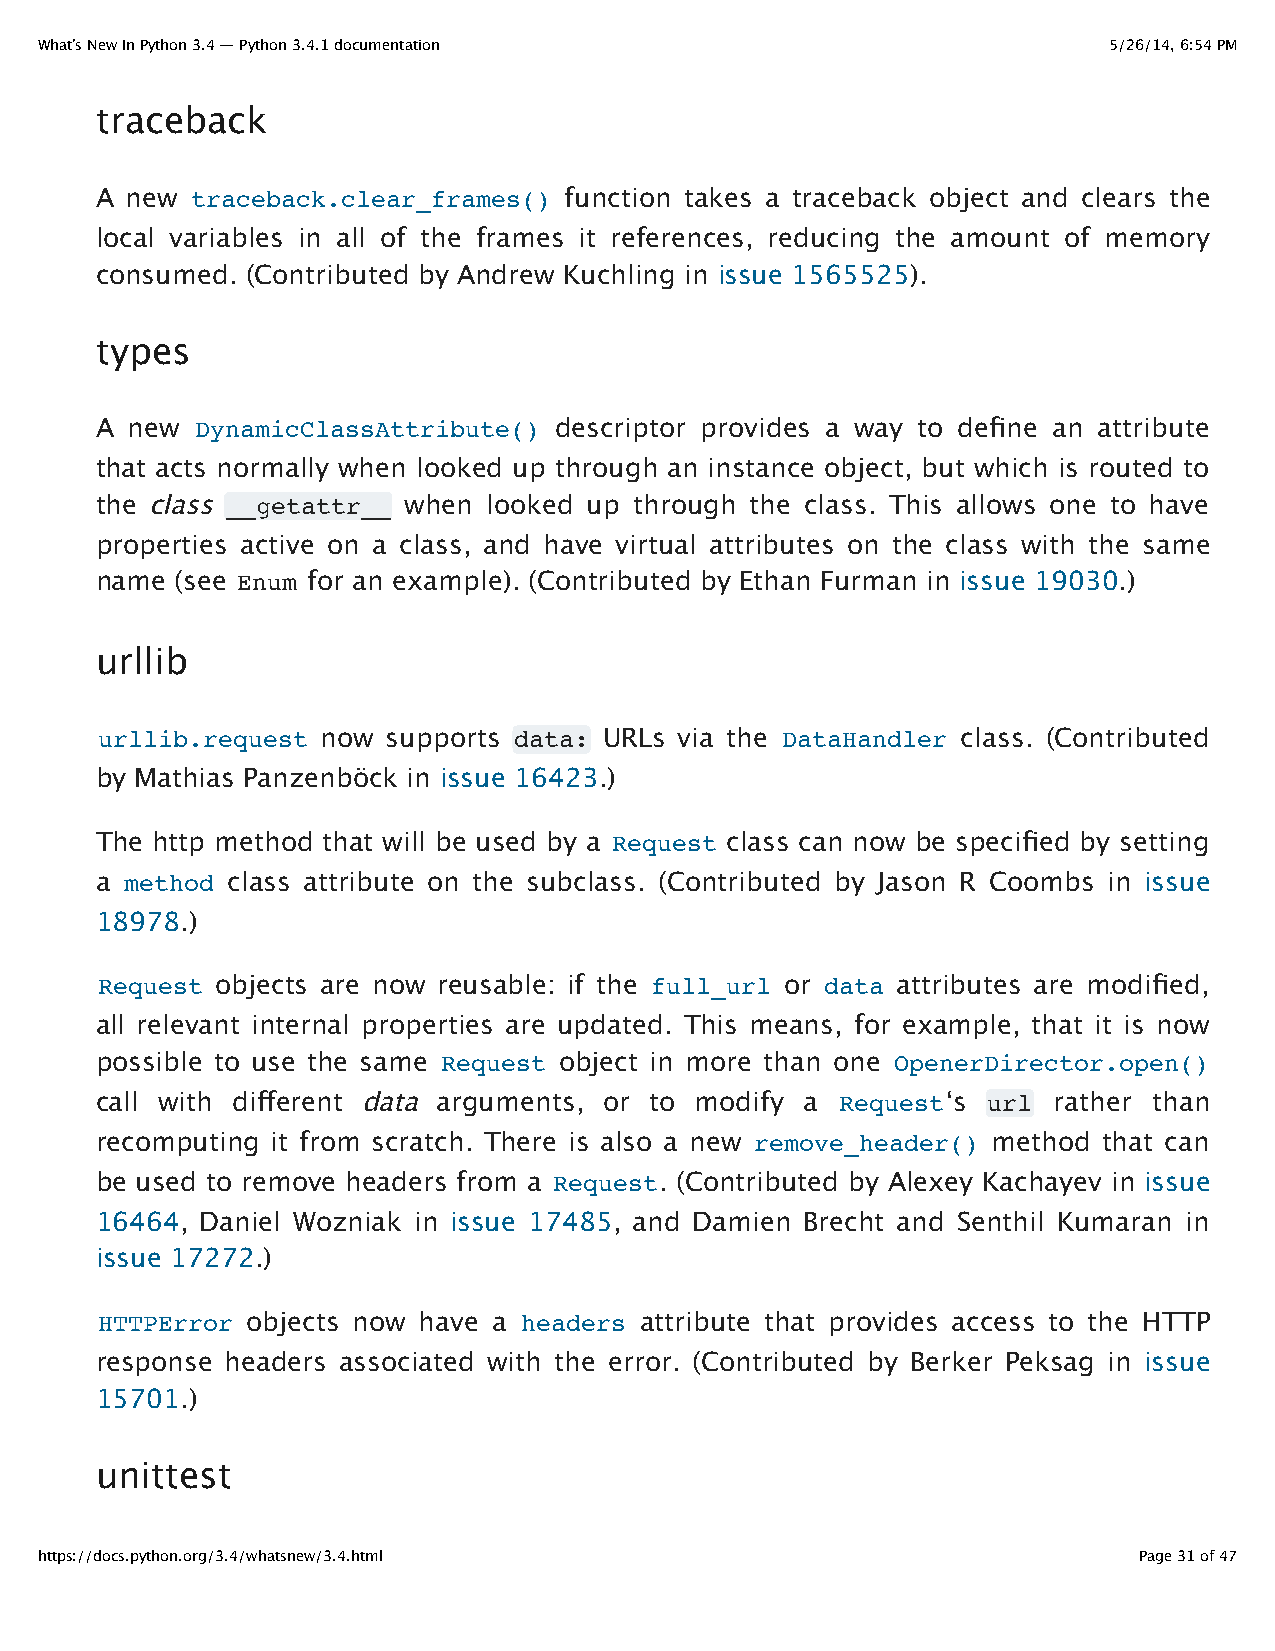
What’s New In Python 3.4 — Python 3.4.1 documentation                  5/26/14, 6:54 PM
 traceback
 A new  traceback.clear_frames() function takes a traceback object and clears the
 local variables in all of the frames it references, reducing the amount of memory
 consumed. (Contributed by Andrew Kuchling in issue 1565525).
 types
 A new  DynamicClassAttribute() descriptor provides a way to define an attribute
 that acts normally when looked up through an instance object, but which is routed to
 the class __getattr__ when looked up through the class. This allows one to have
 properties active on a class, and have virtual attributes on the class with the same
 name  (see Enum for an example). (Contributed by Ethan Furman in issue 19030.)
 urllib
 urllib.request now  supports data: URLs via the DataHandler class. (Contributed
 by Mathias Panzenböck in issue 16423.)
 The http method that will be used by a Request class can now be specified by setting
 a method class attribute on the subclass. (Contributed by Jason R Coombs in issue
 18978.)
 Request objects are now reusable: if the full_url or data attributes are modified,
 all relevant internal properties are updated. This means, for example, that it is now
 possible to use the same Request object in more than one OpenerDirector.open()
 call with different data arguments, or to modify a Request‘s url rather than
 recomputing it from scratch. There is also a new remove_header() method that can
 be used to remove headers from a Request. (Contributed by Alexey Kachayev in issue
 16464, Daniel Wozniak in issue 17485, and Damien Brecht and Senthil Kumaran in
 issue 17272.)
 HTTPError objects now have a headers attribute that provides access to the HTTP
 response headers associated with the error. (Contributed by Berker Peksag in issue
 15701.)
 unittest
 https://docs.python.org/3.4/whatsnew/3.4.html                            Page 31 of 47